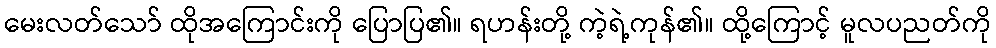
မေးလတ်သော် ထိုအကြောင်းကို ပြောပြ၏။ ရဟန်းတို့ ကဲ့ရဲ့ကုန်၏။ ထို့ကြောင့် မူလပညတ်ကို